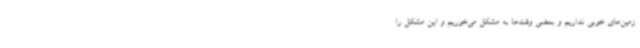
زمین‌های خوبی نداریم و بعضی وقت‌ها به مشکل می‌خوریم و این مشکل را